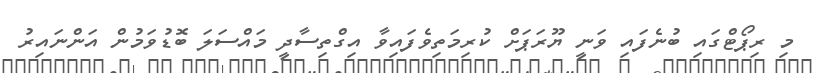
މި ރިޕޯޓްގައި ބުނެފައި ވަނީ ޔޫރަޕަށް ކުރިމަތިވެފައިވާ އިގްތިސާދީ މައްސަލަ ބޮޑުވަމުން އަންނައިރު